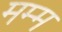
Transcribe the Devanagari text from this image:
मम्म